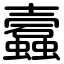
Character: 蠧